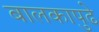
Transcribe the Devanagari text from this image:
बालकापुढे